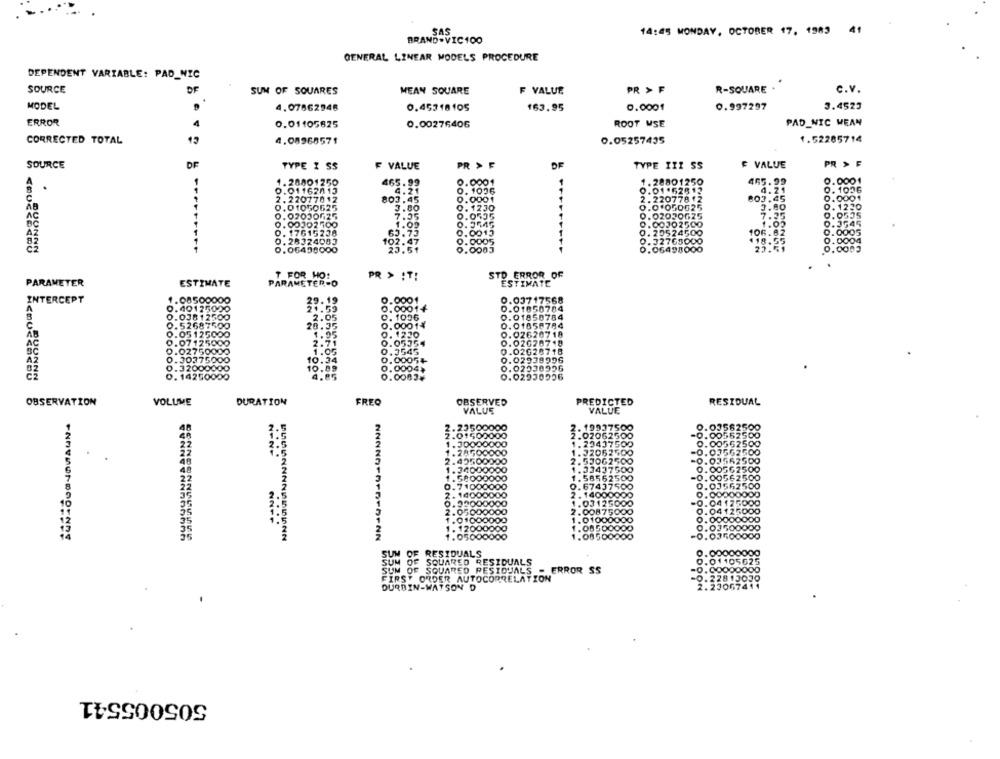
SAS
14:45 MONDAY, OCTOBER 17, 1983 41
BRAND.VIC100
GENERAL LINEAR MODELS PROCEDURE
DEPENDENT VARIABLE: PAD_NIC
SOURCE
DF
SUM OF SQUARES
MEAN SQUARE
F VALUE
PR > F
R-SQUARE .
C.V.
MODEL
4.07862946
0.45318105
163.95
0.0001
0.997297
3.4523
ERROR
4
PAD_NIC WEAN
0.01105825
0.00276406
ROOT MSE
CORRECTED TOTAL
4.08968571
0.05257435
1.52285714
SOURCE
TYPE 2 SS
VALUE
PR > F
TYPE III SS
F VALUE
PR > F
1.20001250
465.99
0.0001
1. 28801250
465.9
0.01162015
4.21
0. 1006
0.01.62812
1006
2.22077012
0.0001
2.220778 12
803.45
AB
803.45
0.01050525
1230
0.01050625
3.80
0.1230
2.
AC
0.07030625
7.55
0.0535
0.02020625
0.00302 700
1.00
9.00J02500
0. 17615238
63.73
0. 20524500
106
0.000
0.28324083
0.32763000
0.0004
0.00494000
20.51
.0001
0.06498000
0.0005
STD ERROR OF
PARAMETER-O
T_FOR HO:
PR > IT!
PARAMETER
ESTIMATE
ESTIMATE
INTERCEPT
1.08500000
29.19
0.0001
2.03717568
A
0.40125000
21.59
0.00014
0.01850704
8
0.03812500
2.05
9. 1096
0.01850784
0.52687500
20.35
0.00014
0.01058784
AB
0.05125000
1.95
0. 1220
0.02620718
0.07125000
2.71
0.02020718
AC
0.02750000
0.05354
0.02028718
2.3545
0. 30375000
10.34
0.00
0.02939996
0.32000000
.0004
O.
02930996
0. 14250000
0.0082+
0.02930906
OBSERVATION
VOLUME
DURATION
FREQ
OBSERVED
PREDICTED
RESIDUAL
VALUE
VALUE
SUNTOURJONAUN.
2. 19937500
.03562600
2.02062500
.00562500
1.300
1.29437500
0.00562500
NONE
1.32062500
-0.03562500
2.53062500
-0.03562500
1.33437500
0.00562500
.58000000
. 58562500
=0.00562500
37500
0.03562500
. 71000000
14000000
.9900
14000000
1.031
0.00000000
.04175000
0.04125000
....
1.0100
0.00000000
1.0850
000
1.0850
SUM OF RESIDUALS
0.00
.00000000
OF SQUARED RESIDUALS
.01
SUM OF SQUARED RESIDUALS - ERROR SS
FIRST ORDER AUTOCORRELATION
2281
DURBIN-WATSON D
505005541